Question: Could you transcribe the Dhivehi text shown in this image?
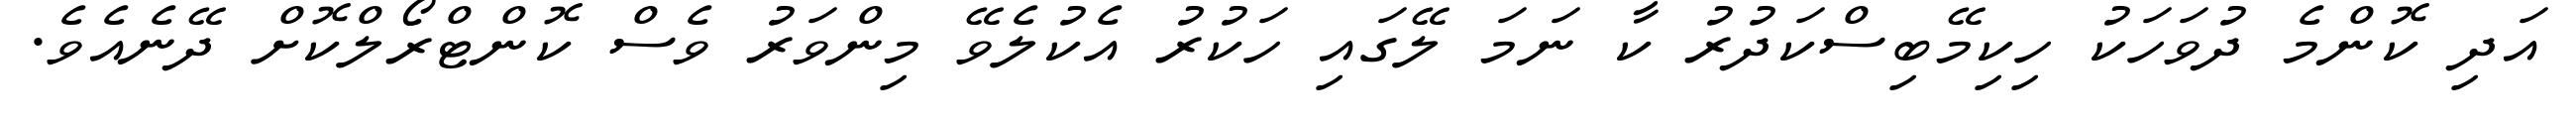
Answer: އަދި ކޮންމެ ދުވަހަކު ހިކިމޭބިސްކަދުރު ކާ ނަމަ ލޭގައި ހަކުރު އެކުލެވޭ މިންވަރު ވެސް ކޮންޓްރޯލްކޮށް ދޭނެއެވެ.